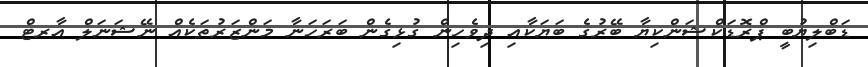
ޑަބްލިޔުބީ ޕްރޮޑަކްޝަންކިޔާ ބޭރުގެ ބަޔަކާއި ދިވެހިން ގުޅިގެން ބަރަހަނާ މަންޒަރުތަކެއް ނޭޝަނަލް އާރޓް